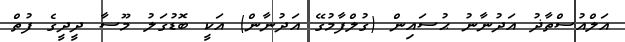
އަލްއުސްތާޛު އަދުނާނު ޙުސައިން (ގުލްފާމުގޭ އަދުނާން) އަކީ ބޮޑުގަލު މޫސާ ދީދީގެ ފުތް